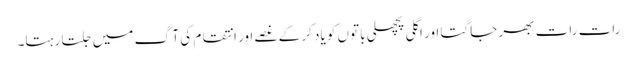
رات رات بھر جاگتا اور اگلی پچھلی باتوں کو یاد کر کے غصے اور انتقام کی آگ میں جلتا رہتا۔